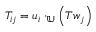
T _ { i j } = \boldsymbol { u } _ { i } \cdot _ { \mathbb { U } } \left( \boldsymbol { T } \boldsymbol { w } _ { j } \right)